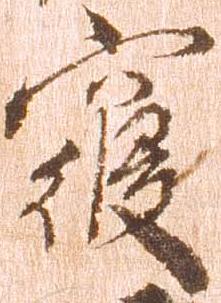
寝